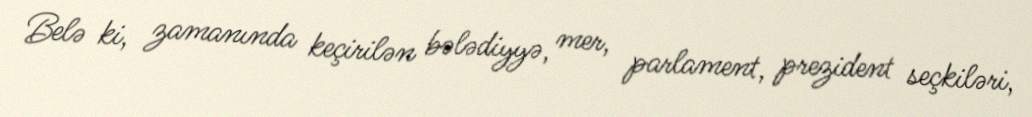
Belə ki, zamanında keçirilən bələdiyyə, mer, parlament, prezident seçkiləri,